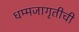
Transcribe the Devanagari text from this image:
धम्मजागृतीची